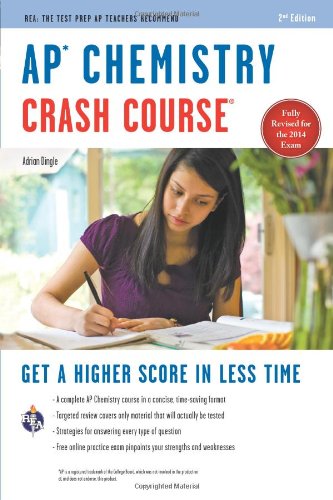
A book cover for APÂ® Chemistry Crash Course Book + Online (Advanced Placement (AP) Crash Course); Adrian Dingle; Test Preparation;